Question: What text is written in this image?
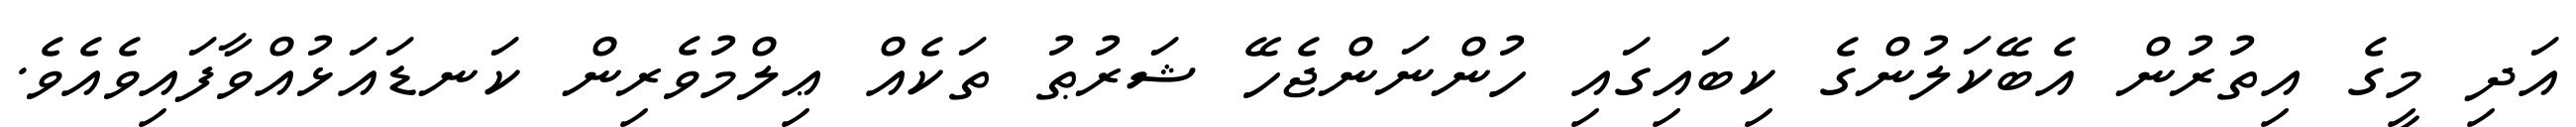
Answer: އަދި މީގެ އިތުރުން އެބޭކަލުންގެ ކިބައިގައި ހުންނަންޖެހޭ ޝަރުޠު ތަކެއް ޢިލްމުވެރިން ކަނޑައަޅުއްވާފައިވެއެވެ.